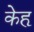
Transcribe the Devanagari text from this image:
केहृ